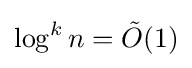
\log ^{k}n={\tilde {O}}(1)